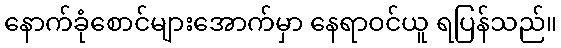
နောက်ခုံစောင်များအောက်မှာ နေရာဝင်ယူ ရပြန်သည်။